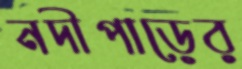
নদীপাড়ের